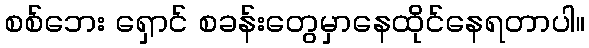
စစ်ဘေး ရှောင် စခန်းတွေမှာနေထိုင်နေရတာပါ။